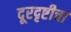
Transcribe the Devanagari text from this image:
दूरदृष्टीचा